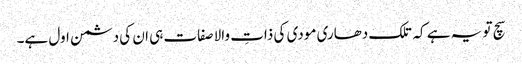
سچ تو یہ ہے کہ تلک دھاری مودی کی ذاتِ والا صفات ہی ان کی دشمن اول ہے۔